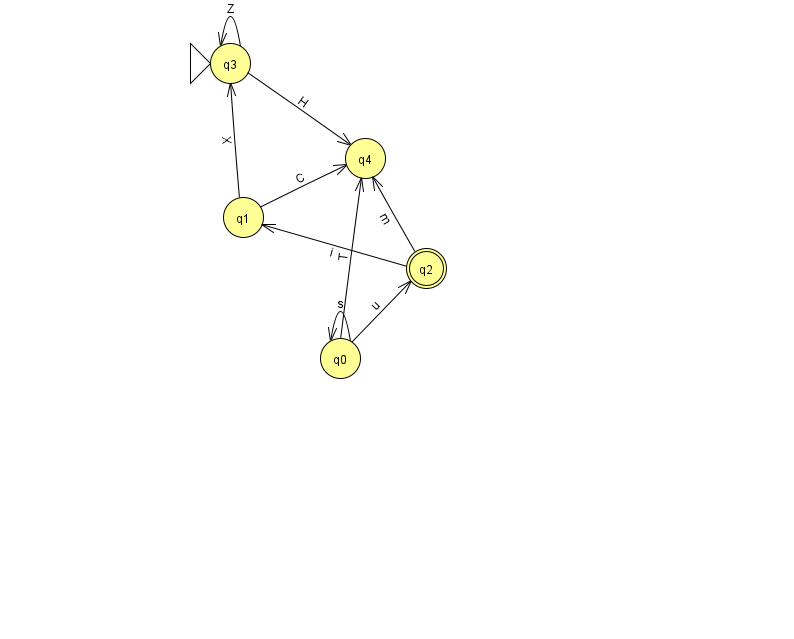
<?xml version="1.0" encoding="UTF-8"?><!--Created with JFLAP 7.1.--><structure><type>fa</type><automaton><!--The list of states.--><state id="0" name="q0"><x>340.0</x><y>345.0</y></state><state id="1" name="q1"><x>243.0</x><y>204.0</y></state><state id="2" name="q2"><x>426.0</x><y>255.0</y><final/></state><state id="3" name="q3"><x>230.0</x><y>50.0</y><initial/></state><state id="4" name="q4"><x>365.0</x><y>145.0</y></state><!--The list of transitions.--><transition><from>1</from><to>3</to><read>X</read></transition><transition><from>0</from><to>0</to><read>s</read></transition><transition><from>0</from><to>4</to><read>T</read></transition><transition><from>1</from><to>4</to><read>C</read></transition><transition><from>3</from><to>4</to><read>H</read></transition><transition><from>0</from><to>2</to><read>u</read></transition><transition><from>3</from><to>3</to><read>Z</read></transition><transition><from>2</from><to>1</to><read>i</read></transition><transition><from>2</from><to>4</to><read>m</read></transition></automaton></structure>